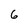
Character: 6